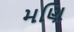
મણિ